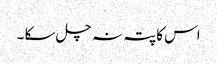
اس کا پتہ نہ چل سکا ۔